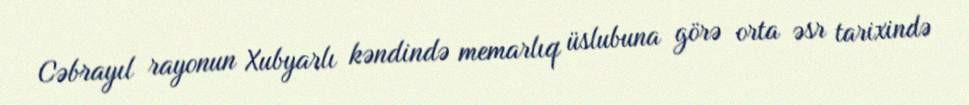
Cəbrayıl rayonun Xubyarlı kəndində memarlıq üslubuna görə orta əsr tarixində